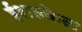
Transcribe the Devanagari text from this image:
ईशल्केल